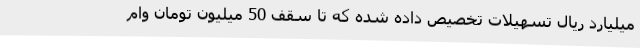
میلیارد ریال تسهیلات تخصیص داده شده که تا سقف 50 میلیون تومان وام